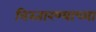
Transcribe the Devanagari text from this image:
विस्तारण्याच्या